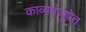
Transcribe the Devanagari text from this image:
काव्यमंजूषेत